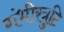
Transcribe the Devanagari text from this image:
गंभीरत्रुटि